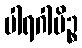
ပါရဂါမိဉ္စ